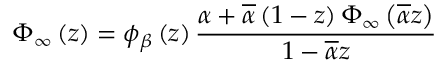
\Phi _ { \infty } \left( z \right) = \phi _ { \beta } \left( z \right) \frac { \alpha + \overline { { \alpha } } \left( 1 - z \right) \Phi _ { \infty } \left( \overline { { \alpha } } z \right) } { 1 - \overline { { \alpha } } z }